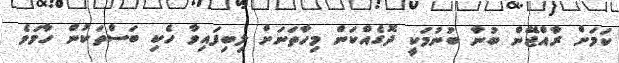
ކަމަށް ރާއްޖޭން ބުނާ ބުނުމަކީ ދޮގެއްކަން މިހާތަނަށް ލިބިފައިވާ ހެކި ބަސްތަކުން ހާމަވެ